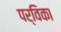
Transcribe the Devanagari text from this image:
पर्विका